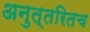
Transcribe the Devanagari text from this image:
अनुत्तरितच